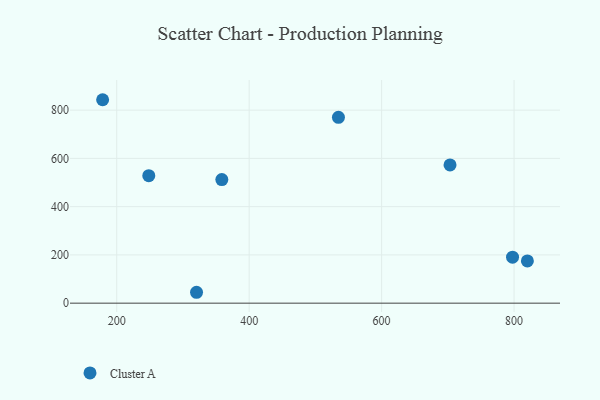
{"axis": {"x": "Investment", "y": "Salary"}, "legend": ["Cluster A"], "data": [{"x": "820.1", "y": 175.0, "type": "Cluster A"}, {"x": "703.3", "y": 572.8, "type": "Cluster A"}, {"x": "534.8", "y": 770.4, "type": "Cluster A"}, {"x": "358.7", "y": 512.2, "type": "Cluster A"}, {"x": "248.4", "y": 528.6, "type": "Cluster A"}, {"x": "178.7", "y": 843.2, "type": "Cluster A"}, {"x": "320.5", "y": 45.1, "type": "Cluster A"}, {"x": "797.7", "y": 190.5, "type": "Cluster A"}]}